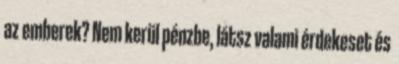
az emberek? Nem kerül pénzbe, látsz valami érdekeset és